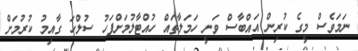
ނަމަވެސް މީގެ ކުރިން އައްބާސް ވަނީ ހަމަލާތައް ހުއްޓާލުމަށްފަހު ސުލްހަ ގާއިމު ކުރުމަށް